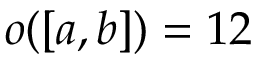
o ( [ a , b ] ) = 1 2